Vaccination in Burma 1889-1999 - 1889-1999
Year: 1889
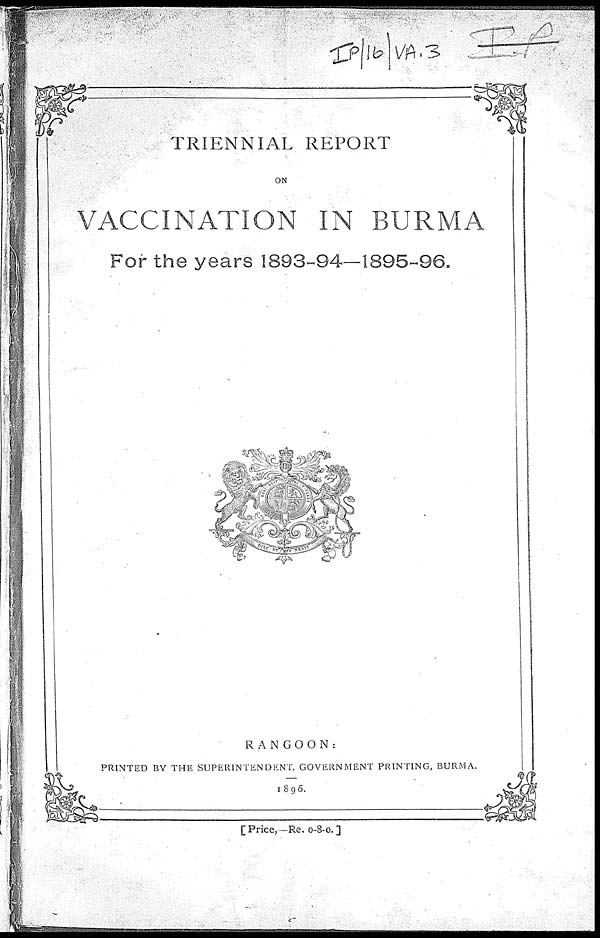
TRIENNIAL REPORT
ON
VACCINATION IN BURMA
For the years 1893-94—1895-96.
RANGOON:
PRINTED BY THE SUPERINTENDENT, GOVERNMENT PRINTING, BURMA.
1896.
[ Price,—Re. 0-8-0. ]